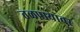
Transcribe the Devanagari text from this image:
तळपायावर